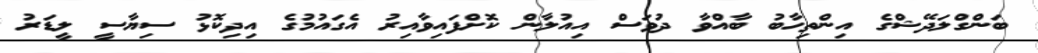
ބަންގްލަދޭޝްގެ އިންތިހާބު ބާއްވާ ދުވަސް އިއުލާން ކޮށްފައިވާއިރު އެގައުމުގެ އިދިކޮޅު ސިޔާސީ ލީޑަރު